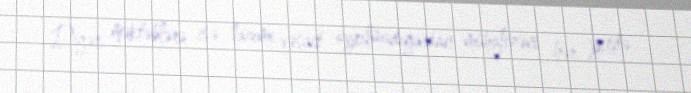
Digər məktəblərə isə lazımi vəsait ayrılmadığından mühafizəni hər yerdə